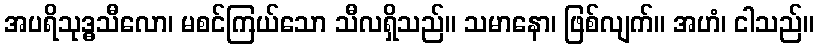
အပရိသုဒ္ဓသီလော၊ မစင်ကြယ်သော သီလရှိသည်။ သမာနော၊ ဖြစ်လျက်။ အဟံ၊ ငါသည်။